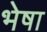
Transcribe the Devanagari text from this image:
भेषा